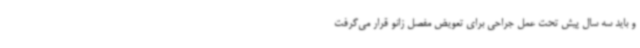
و باید سه سال پیش تحت عمل جراحی برای تعویض مفصل زانو قرار می‌گرفت